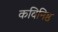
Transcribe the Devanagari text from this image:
कविनिष्ठ